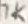
Text: 1K